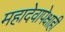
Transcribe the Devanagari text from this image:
महादेवापेक्षाही